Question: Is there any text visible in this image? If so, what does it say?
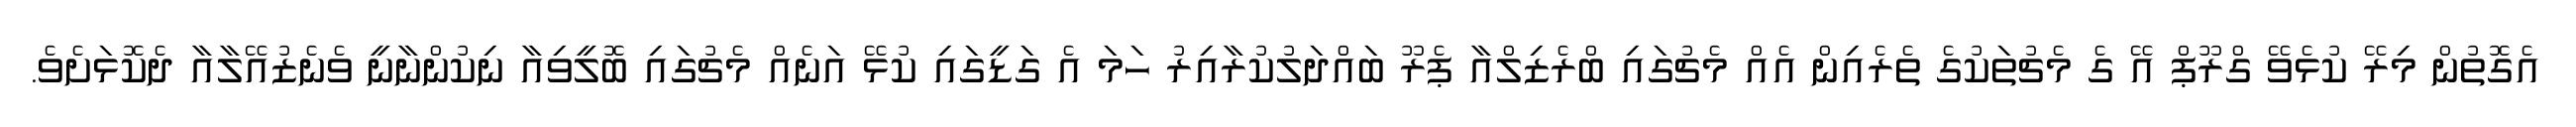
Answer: އެގޮތުން މިރޭ ކުޅެވޭ ގްރޫޕް އޭ ގެ މެޗުތަކުގެ ތެރެއިން އެއް މެޗުގައި ބްރެޒިލްއާ ޕެރޫ ބައްދަލުކުރާއިރު ހަމަ އެ ގަޑީގައި ކުޅޭ އަނެއް މެޗުގައި ބޮލީވިއާ ނިކުންނާނީ ވެނެޒުއޭލާއާ ދެކޮޅަށެވެ.